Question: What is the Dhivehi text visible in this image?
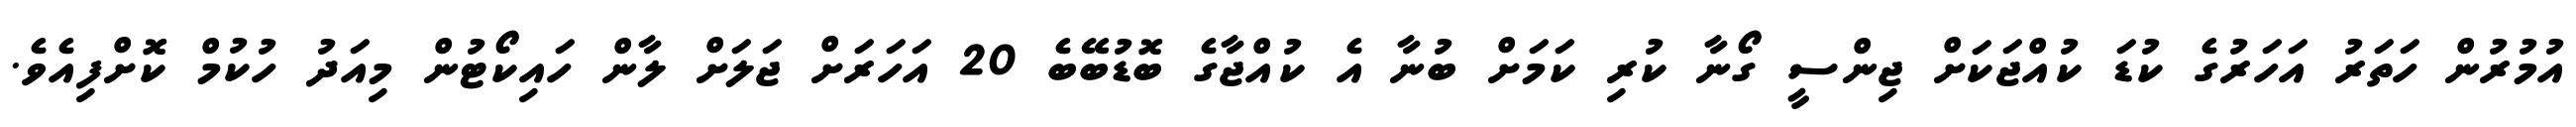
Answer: އުމުރުން ހަތަރު އަހަރުގެ ކުޑަ ކުއްޖަކަށް ޖިންސީ ގޯނާ ކުރި ކަމަށް ބުނާ އެ ކުއްޖާގެ ބޮޑުބޭބެ 20 އަހަރަށް ޖަލަށް ލާން ހައިކޯޓުން މިއަދު ހުކުމް ކޮށްފިއެވެ.